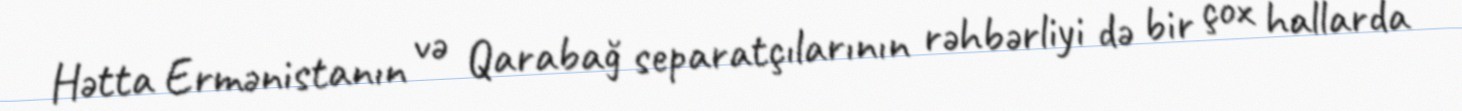
Hətta Ermənistanın və Qarabağ separatçılarının rəhbərliyi də bir çox hallarda